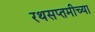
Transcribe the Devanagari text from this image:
रथसप्तमीच्या